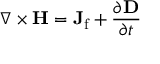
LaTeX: \nabla \times \mathbf { H } = \mathbf { J } _ { \mathrm { f } } + { \frac { \partial \mathbf { D } } { \partial t } }